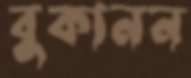
বুকানন